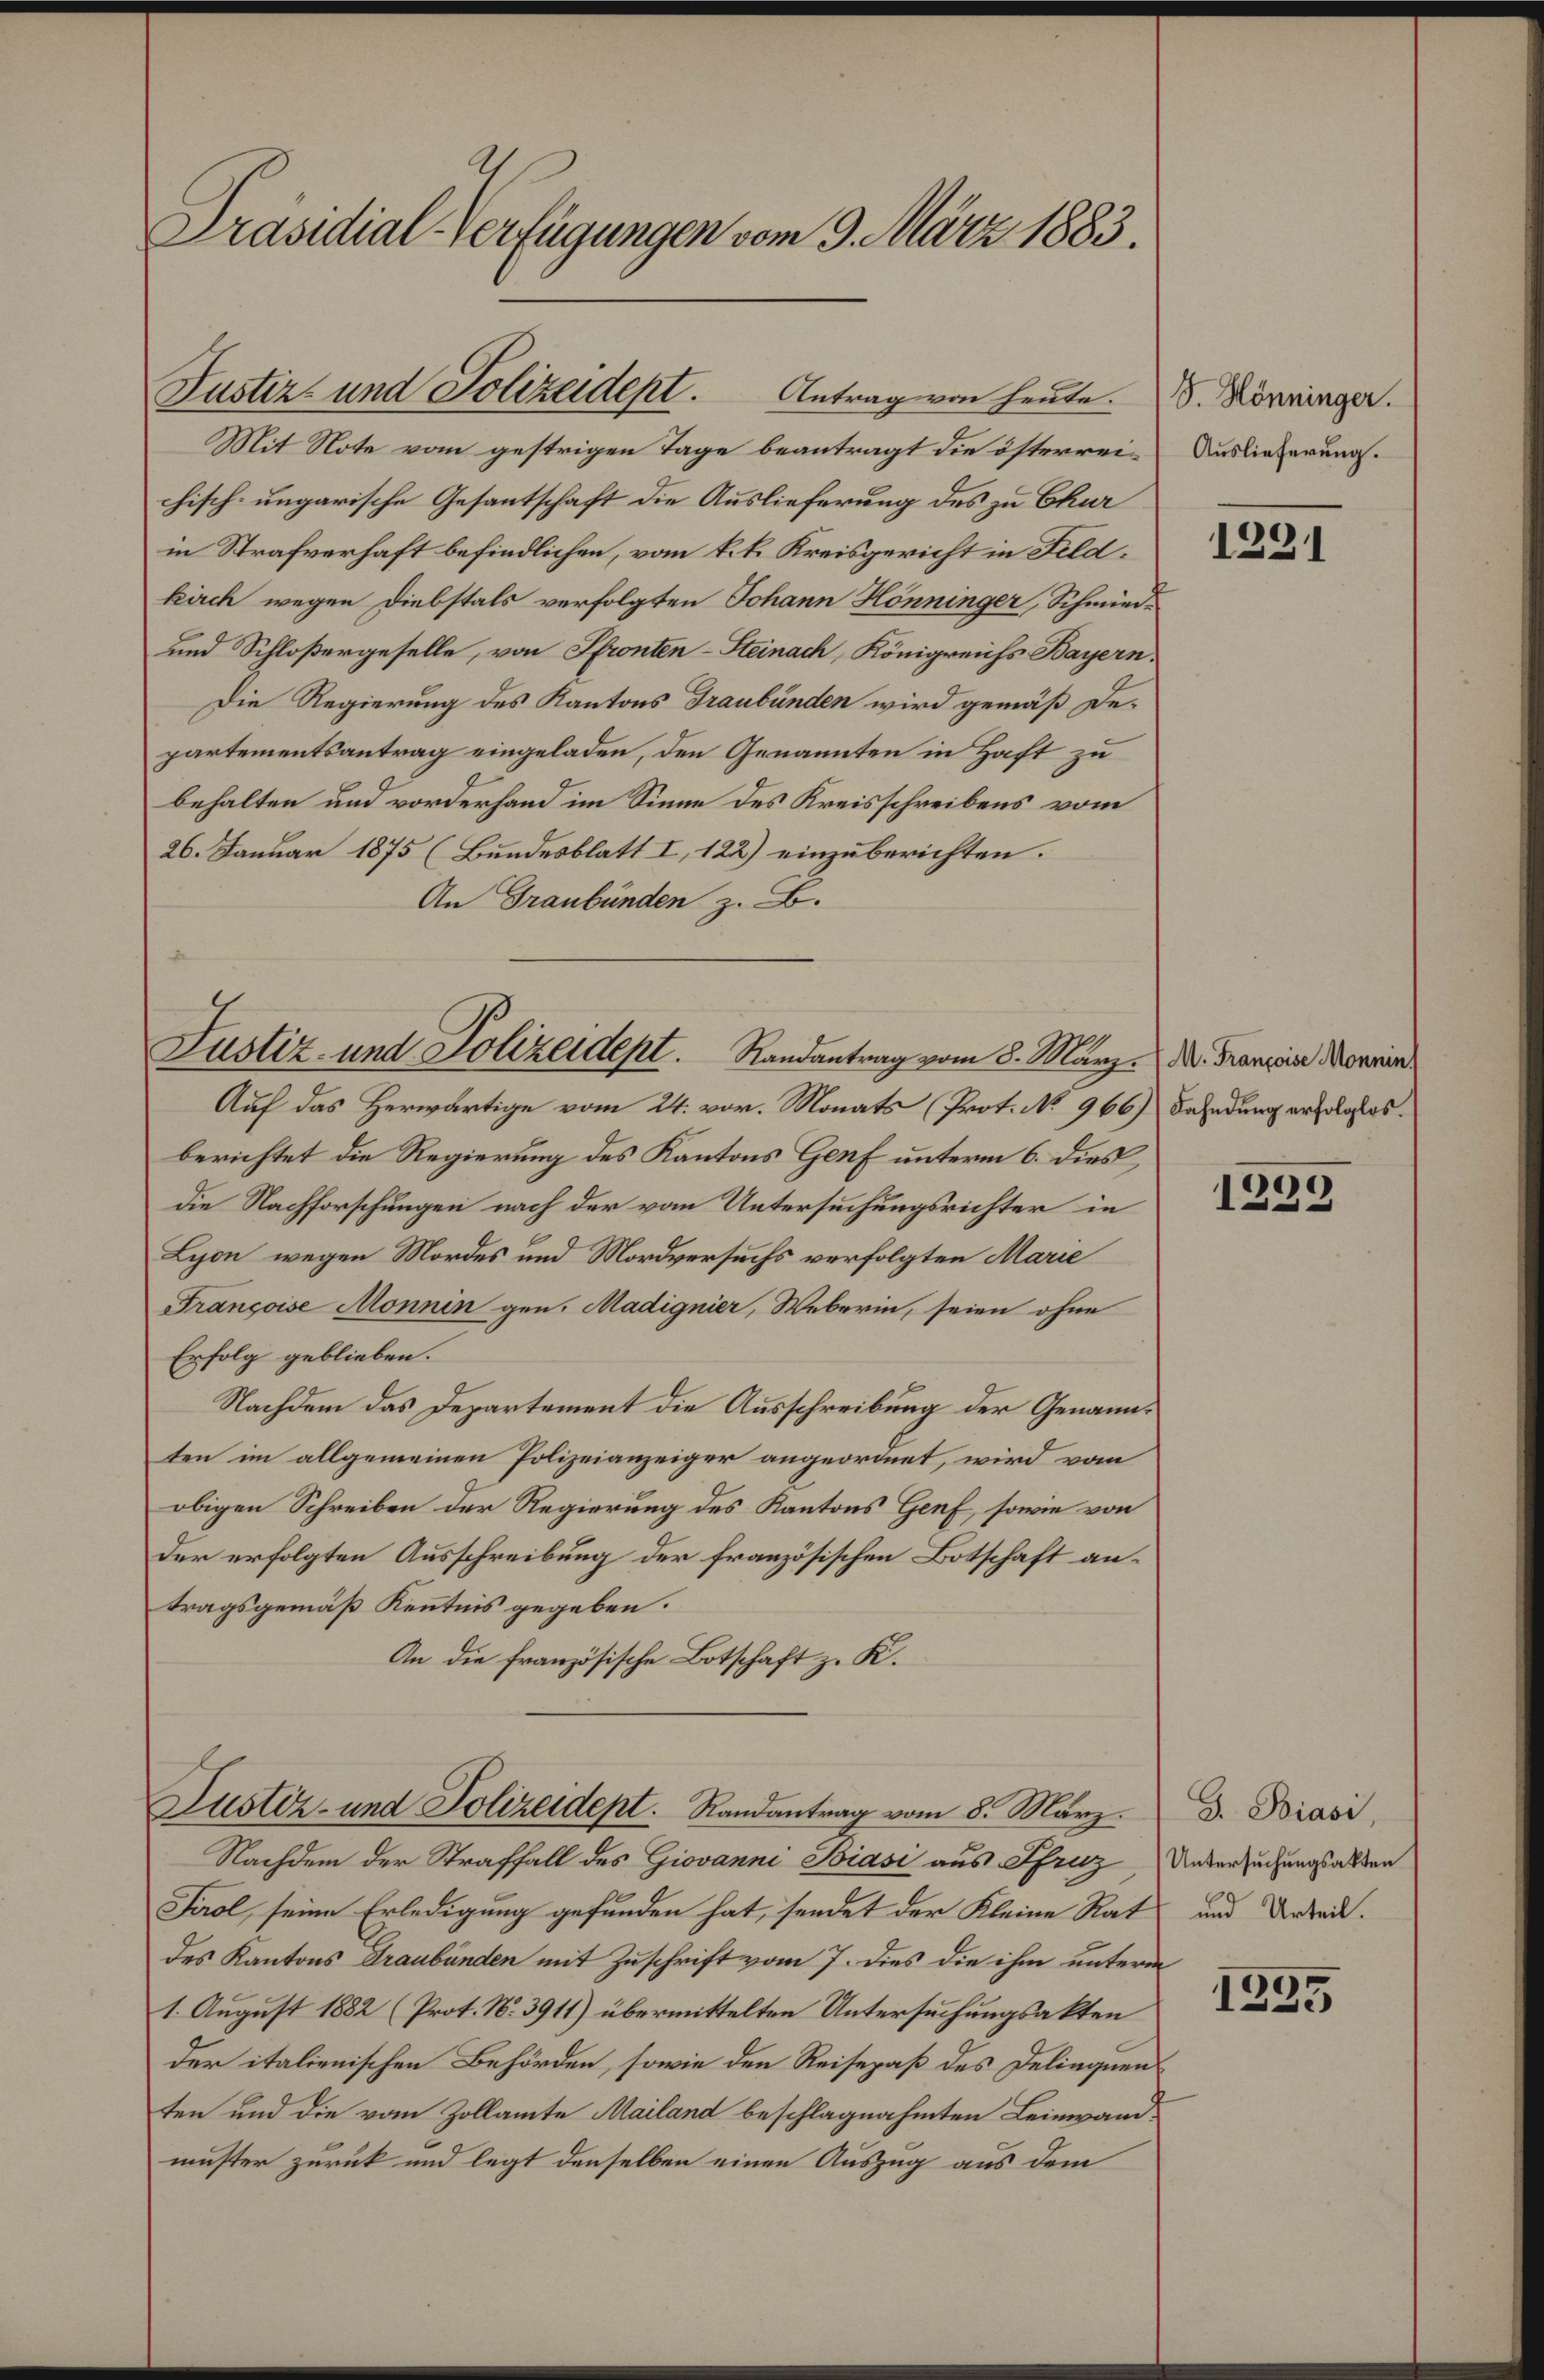
Präsidial-Verfügungen vom 9. März 1883.

Justiz- und Polizeident. Antrag von heute.

Justiz- und Polizeidept. Randantrag vom 8. März. M. Trauria Morgen

Mit Note vom gestrigen Tage beantragt die österreichisch-ungarische Gesantschaft die Auslieferung des zu Chur
in Strafverhaft befindlichen, vom k.k. Kreisgericht in Feldkirch wegen Diebstals verfolgten Johann Hönninger, Schmied¬
und Schloßergeselle, von Pfronten-Steinach, Königreichs Bayern,
Die Regierung des Kantons Graubünden wird gemäß De-
partementsantrag eingeladen, den Genannten in Haft zu
behalten und vorderhand im Sinne des Kreisschreibens vom
26. Januar 1875 (Bundesblatt I, 122) einzuberichten.
An Graubünden z. B.

Auf das Herwärtige vom 24. vor. Monats (Prot. No 966) Fahndung erfolglos.
berichtet die Regierung des Kantons Genf unterm 6. dies
die Nachforschungen nach der vom Untersuchungsrichter in
Lyon wegen Mordes und Mordversuchs verfolgten Marie
Françoise Monningen. Madignier, Weberin, seien ohne
Erfolg geblieben.
Nachdem das Departement die Ausschreibung der Genannten im allgemeinen Polizeianzeiger angeordnet, wird vom
obigen Schreiben der Regierung des Kantons Genf, sowie von
Der erfolgten Ausschreibung der französischen Botschaft antragsgemäß Kenntnis gegeben.
An die französische Botschaft z. K.

Justiz- und Polizeidept. Randantrag vom 8. März.

Nachdem der Straffall des Giovanni Biasi aus Pfruz
Sirol, seine Erledigung gefunden hat, sendet der Kleine Rat
des Kantons Graubünden mit Zuschrift vom 7. dies die ihm unterm
1. August 1882 (Prot. N. 3911) übermittelten Untersuchungsakten
der italienischen Behörden, sowie den Reisepaß des Delinquenten und die vom Zollamte Mailand beschlagnahmten Leinwandmuster zurück und legt denselben einen Auszug aus dem

S. Hönninger.
Auslieferung.

1291

1399

G. Biasi,
Untersuchungsakten
und Urteil.

1335